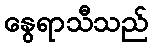
နွေရာသီသည်